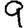
Digit: 9